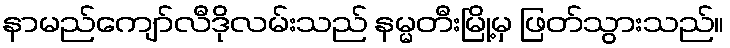
နာမည်ကျော်လီဒိုလမ်းသည် နမ္မတီးမြို့မှ ဖြတ်သွားသည်။